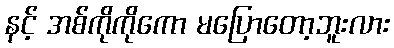
နင့် အစ်ကိုကိုကော မပြောတော့ဘူးလား